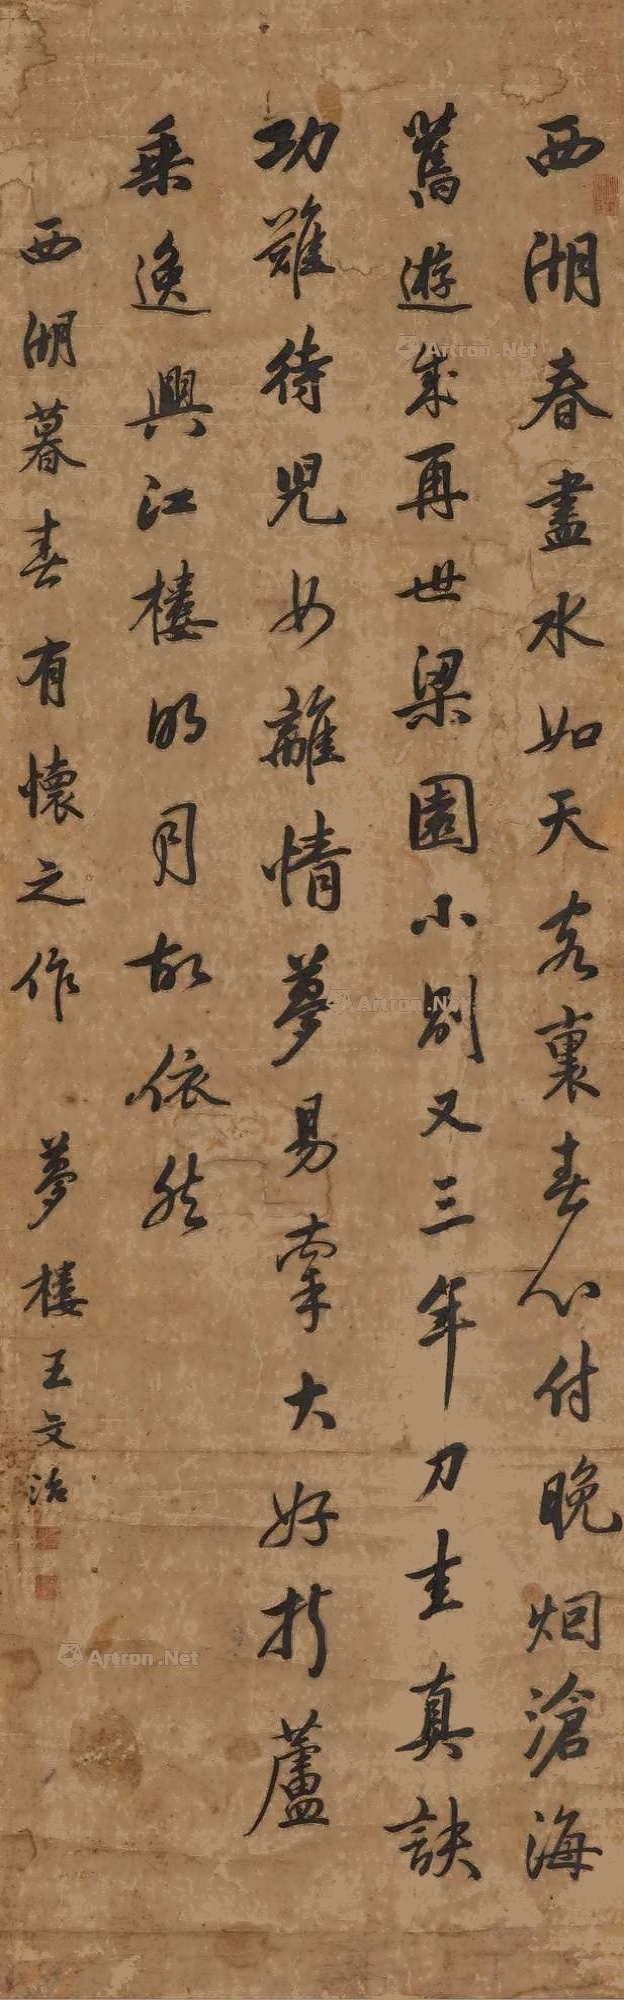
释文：西湖春尽水如天，客里春心付晚烟，沧海旧游成再世，梁园小别又三年。刀圭真诀功难待，儿如离情梦易掌。大好于芦乘逸兴，江楼明月故依然。西湖暮春有怀之作，梦楼王文治。